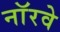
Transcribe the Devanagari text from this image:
नाॅरवे